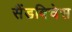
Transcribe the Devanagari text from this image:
सैंडविचेस